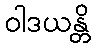
ဝါဒယန္တိ